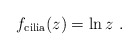
\begin{align*}f_{{\rm cilia}}(z)=\ln z\ .\end{align*}